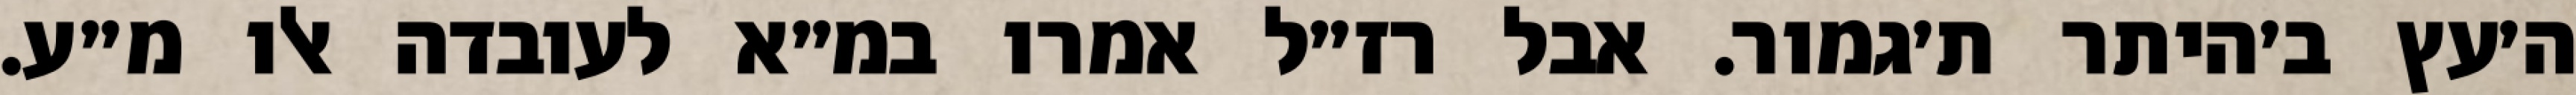
ה׳עץ ב׳היתר ת׳גמור. אבל רז״ל אמרו במ״א לעובדה אלו מ״ע.